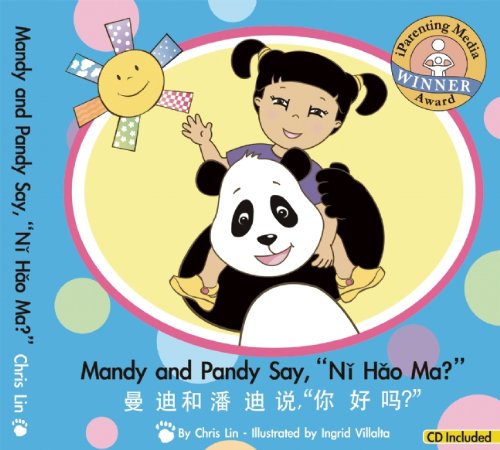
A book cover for Mandy and Pandy Say, "Ni Hao Ma?" (English and Chinese Edition); Chris Lin; Children's Books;